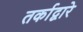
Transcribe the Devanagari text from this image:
तर्काद्वारे